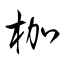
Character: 枷